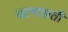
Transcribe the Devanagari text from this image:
चरणाप्रती